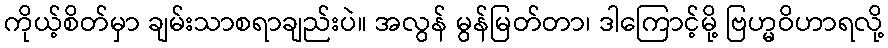
ကိုယ့်စိတ်မှာ ချမ်းသာစရာချည်းပဲ။ အလွန် မွန်မြတ်တာ၊ ဒါကြောင့်မို့ ဗြဟ္မဝိဟာရလို့